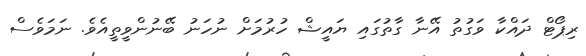
ރިޕޯޓް ދައްކާ ވަގުތު އޭނާ ގާތުގައި ޔައީޝް ހުރުމަށް ނުހަނު ބޭނުންވީތީއެވެ. ނަމަވެސް